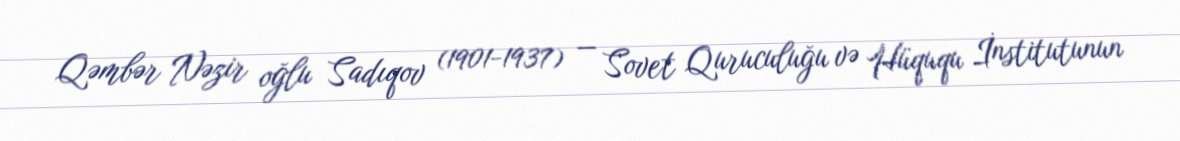
Qəmbər Nəzir oğlu Sadıqov (1901-1937) — Sovet Quruculuğu və Hüququ İnstitutunun